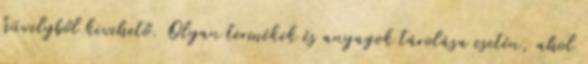
hüvelyből kivehető. Olyan termékek és anyagok tárolása esetén, ahol